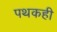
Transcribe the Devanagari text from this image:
पथकही